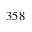
3 5 8